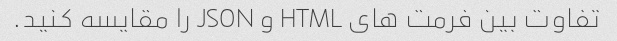
تفاوت بین فرمت های HTML و JSON را مقایسه کنید.